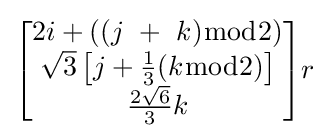
{\begin{bmatrix}2i+((j\ +\ k){\bmod {2}})\\{\sqrt {3}}\left[j+{\frac {1}{3}}(k{\bmod {2}})\right]\\{\frac {2{\sqrt {6}}}{3}}k\end{bmatrix}}r